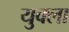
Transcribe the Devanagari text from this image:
युक्ला